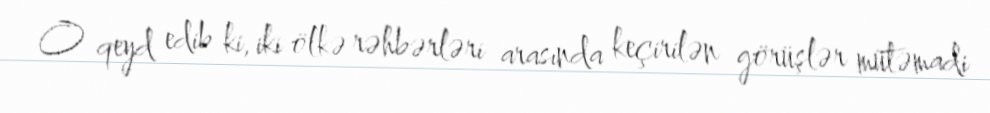
O qeyd edib ki, iki ölkə rəhbərləri arasında keçirilən görüşlər mütəmadi